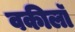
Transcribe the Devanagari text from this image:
वकीलॉ